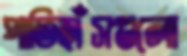
পাতিহাঁসগুলো